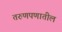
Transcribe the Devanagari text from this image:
तरुणपणातील